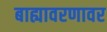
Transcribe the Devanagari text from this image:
बाह्यावरणावर